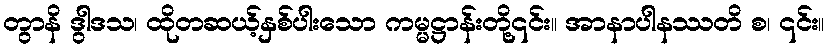
တွာနိ ဒွါဒသ၊ ထိုတဆယ့်နှစ်ပါးသော ကမ္မဋ္ဌာန်းတို့၎င်း။ အာနာပါနဿတိ စ၊ ၎င်း။